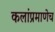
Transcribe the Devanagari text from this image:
कलांप्रमाणेच